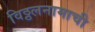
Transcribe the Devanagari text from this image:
विठ्ठलनामाची